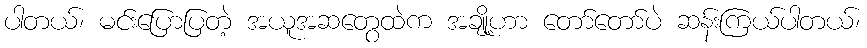
ပါတယ်၊ မင်းပြောပြတဲ့ အယူအဆတွေထဲက အချို့ဟာ တော်တော်ပဲ ဆန်းကြယ်ပါတယ်၊